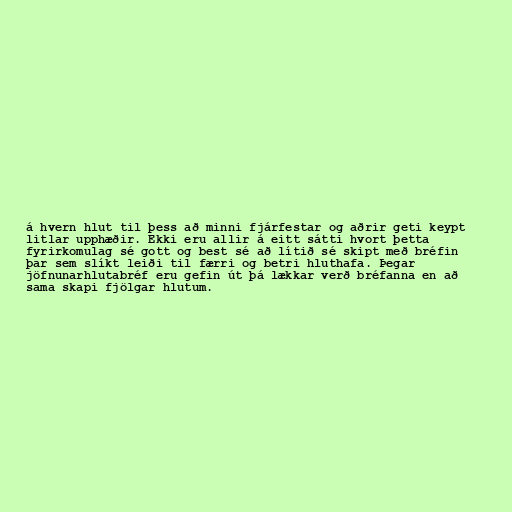
á hvern hlut til þess að minni fjárfestar og aðrir geti keypt
litlar upphæðir. Ekki eru allir á eitt sátti hvort þetta
fyrirkomulag sé gott og best sé að lítið sé skipt með bréfin
þar sem slíkt leiði til færri og betri hluthafa. Þegar
jöfnunarhlutabréf eru gefin út þá lækkar verð bréfanna en að
sama skapi fjölgar hlutum.